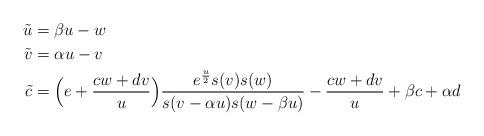
LaTeX: \begin{align*}\tilde u & =\beta u-w \cr\tilde v & =\alpha u -v \cr\tilde c & = \Big(e+{cw+dv\over u}\Big){ e^{u\over2}s(v)s(w)\over s(v-\alpha u)s(w-\beta u)}- {cw+dv\over u} +\beta c+\alpha d\end{align*}